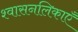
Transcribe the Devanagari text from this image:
श्वासनलिकाएँ